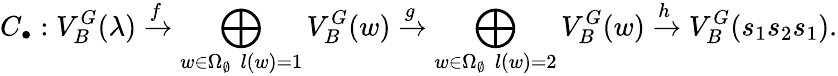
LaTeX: C_{\bullet}:V_{B}^{G}(\lambda)\xrightarrow{f}\bigoplus_{\substack{w\in\Omega_{\emptyset}\, \ l(w)=1}}V_{B}^{G}(w)\xrightarrow{g}\bigoplus_{\substack{w\in\Omega_{\emptyset}\, \ l(w)=2}}V_{B}^{G}(w)\xrightarrow{h}V_{B}^{G}(s_{1}s_{2}s_{1}).